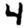
Digit: 4